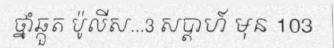
ថ្នាំឆ្កួត ប៉ូលីស...3 សប្តាហ៍ មុន 103